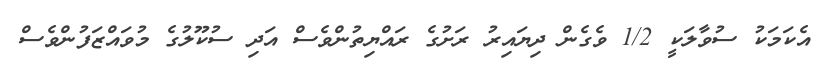
އެކަމަކު ސުވާލަކީ 1/2 ވެގެން ދިޔައިރު ރަށުގެ ރައްޔިތުންވެސް އަދި ސުކޫލުގެ މުވައްޒަފުންވެސް